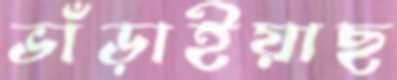
ভাঁড়াইয়াছ